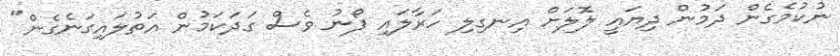
ނުކުމެގެން ދަމުން ދިޔައީ ލޮލަށް އިނގިލި ހަރާލައި ފޯނު ވެސް ގަދަކަމުން އަތުލައިގަނެގެން"